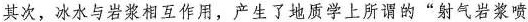
其次，冰水与岩浆相互作用，产生了地质学上所谓的”射气岩浆喷